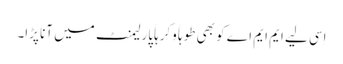
اِسی لیے ایم ایم اے کو بھی طوہاََ وکرہاََ پارلیمنٹ میں آنا پڑا۔